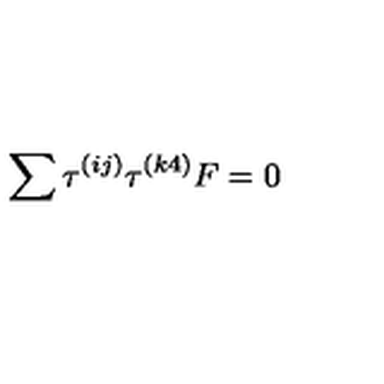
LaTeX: \sum \tau ^ { ( i j ) } \tau ^ { ( k 4 ) } F = 0